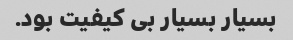
بسیار بسیار بی کیفیت بود.